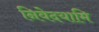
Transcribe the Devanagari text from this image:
निवेदयामि